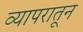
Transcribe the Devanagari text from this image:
व्यापरातून